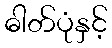
ဓါတ်ပုံနှင့်